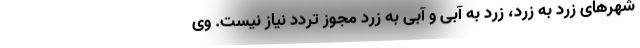
شهرهای زرد به زرد، زرد به آبی و آبی به زرد مجوز تردد نیاز نیست. وی